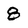
Character: 8